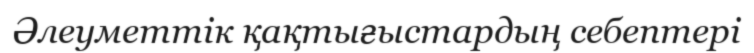
Әлеуметтік қақтығыстардың себептері